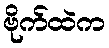
ဗိုက်ထဲက